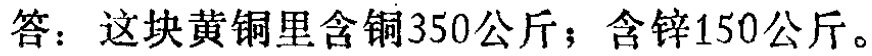
答：这块黄铜里含铜350公斤；含锌150公斤。